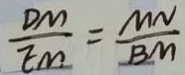
\frac { D M } { E M } = \frac { M N } { B M }